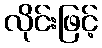
လိုင်းဖြင့်